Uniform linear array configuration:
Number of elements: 64
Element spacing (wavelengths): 0.5
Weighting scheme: exponential
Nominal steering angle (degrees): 0
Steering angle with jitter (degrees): -0.4102
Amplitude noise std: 0.05
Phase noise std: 0.05

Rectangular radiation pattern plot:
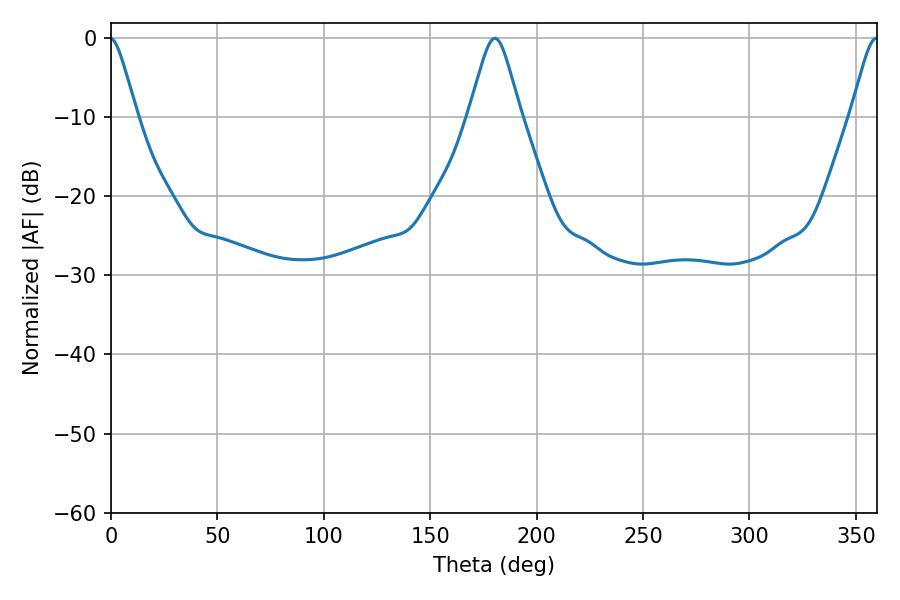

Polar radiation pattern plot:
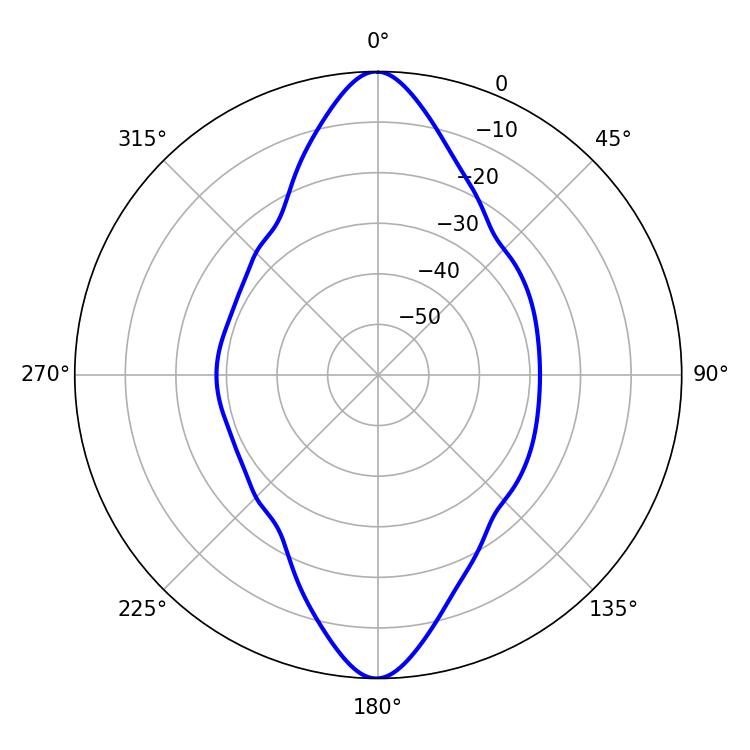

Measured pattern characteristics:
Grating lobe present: FALSE
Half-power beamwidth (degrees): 11.52
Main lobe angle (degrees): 180.36